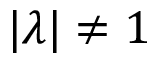
| \lambda | \neq 1